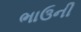
ભાઉની